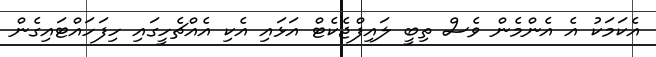
އެކަމަކު އެ އެންމެން ވެސް ތިބީ ލައިފްޖެކެޓް އަޅައި އެކި އެއްޗެހީގައި ހިފަހައްޓައިގެން